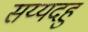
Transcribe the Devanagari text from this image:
सय्यदहु